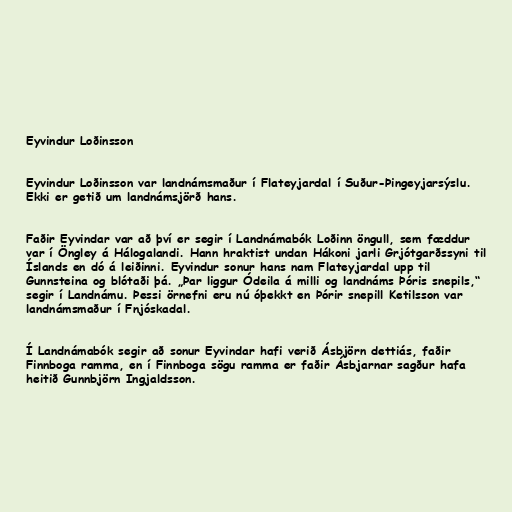
Eyvindur Loðinsson

Eyvindur Loðinsson var landnámsmaður í Flateyjardal í Suður-Þingeyjarsýslu.
Ekki er getið um landnámsjörð hans.

Faðir Eyvindar var að því er segir í Landnámabók Loðinn öngull, sem fæddur
var í Öngley á Hálogalandi. Hann hraktist undan Hákoni jarli Grjótgarðssyni til
Íslands en dó á leiðinni. Eyvindur sonur hans nam Flateyjardal upp til
Gunnsteina og blótaði þá. „Þar liggur Ódeila á milli og landnáms Þóris snepils,“
segir í Landnámu. Þessi örnefni eru nú óþekkt en Þórir snepill Ketilsson var
landnámsmaður í Fnjóskadal.

Í Landnámabók segir að sonur Eyvindar hafi verið Ásbjörn dettiás, faðir
Finnboga ramma, en í Finnboga sögu ramma er faðir Ásbjarnar sagður hafa
heitið Gunnbjörn Ingjaldsson.